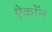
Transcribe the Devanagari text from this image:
ऐकॉन